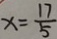
x = \frac { 1 7 } { 5 }